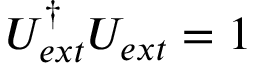
U _ { e x t } ^ { \dagger } U _ { e x t } = 1